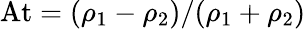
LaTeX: \mathrm{At}=(\rho_{1}-\rho_{2})/(\rho_{1}+\rho_{2})